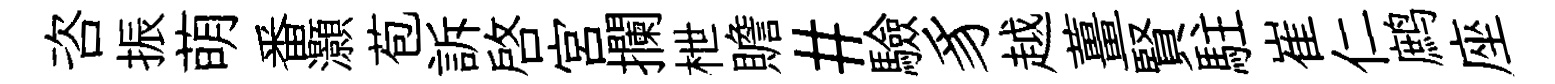
咨振萌番灝苞訴啓宫攔枻贍#驗豸越薑賢駐崔仁鹧座